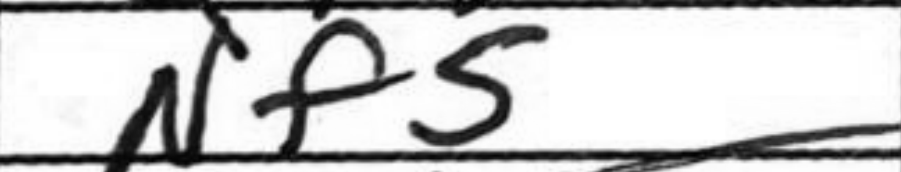
Transcription: Nf5